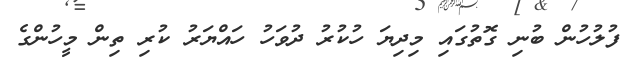
ފުލުހުން ބުނި ގޮތުގައި މިދިޔަ ހުކުރު ދުވަހު ހައްޔަރު ކުރި ތިން މީހުންގެ